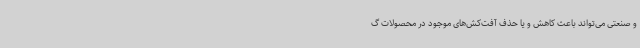
و صنعتی می‌تواند باعث کاهش و یا حذف آفت‌کش‌های موجود در محصولات گ